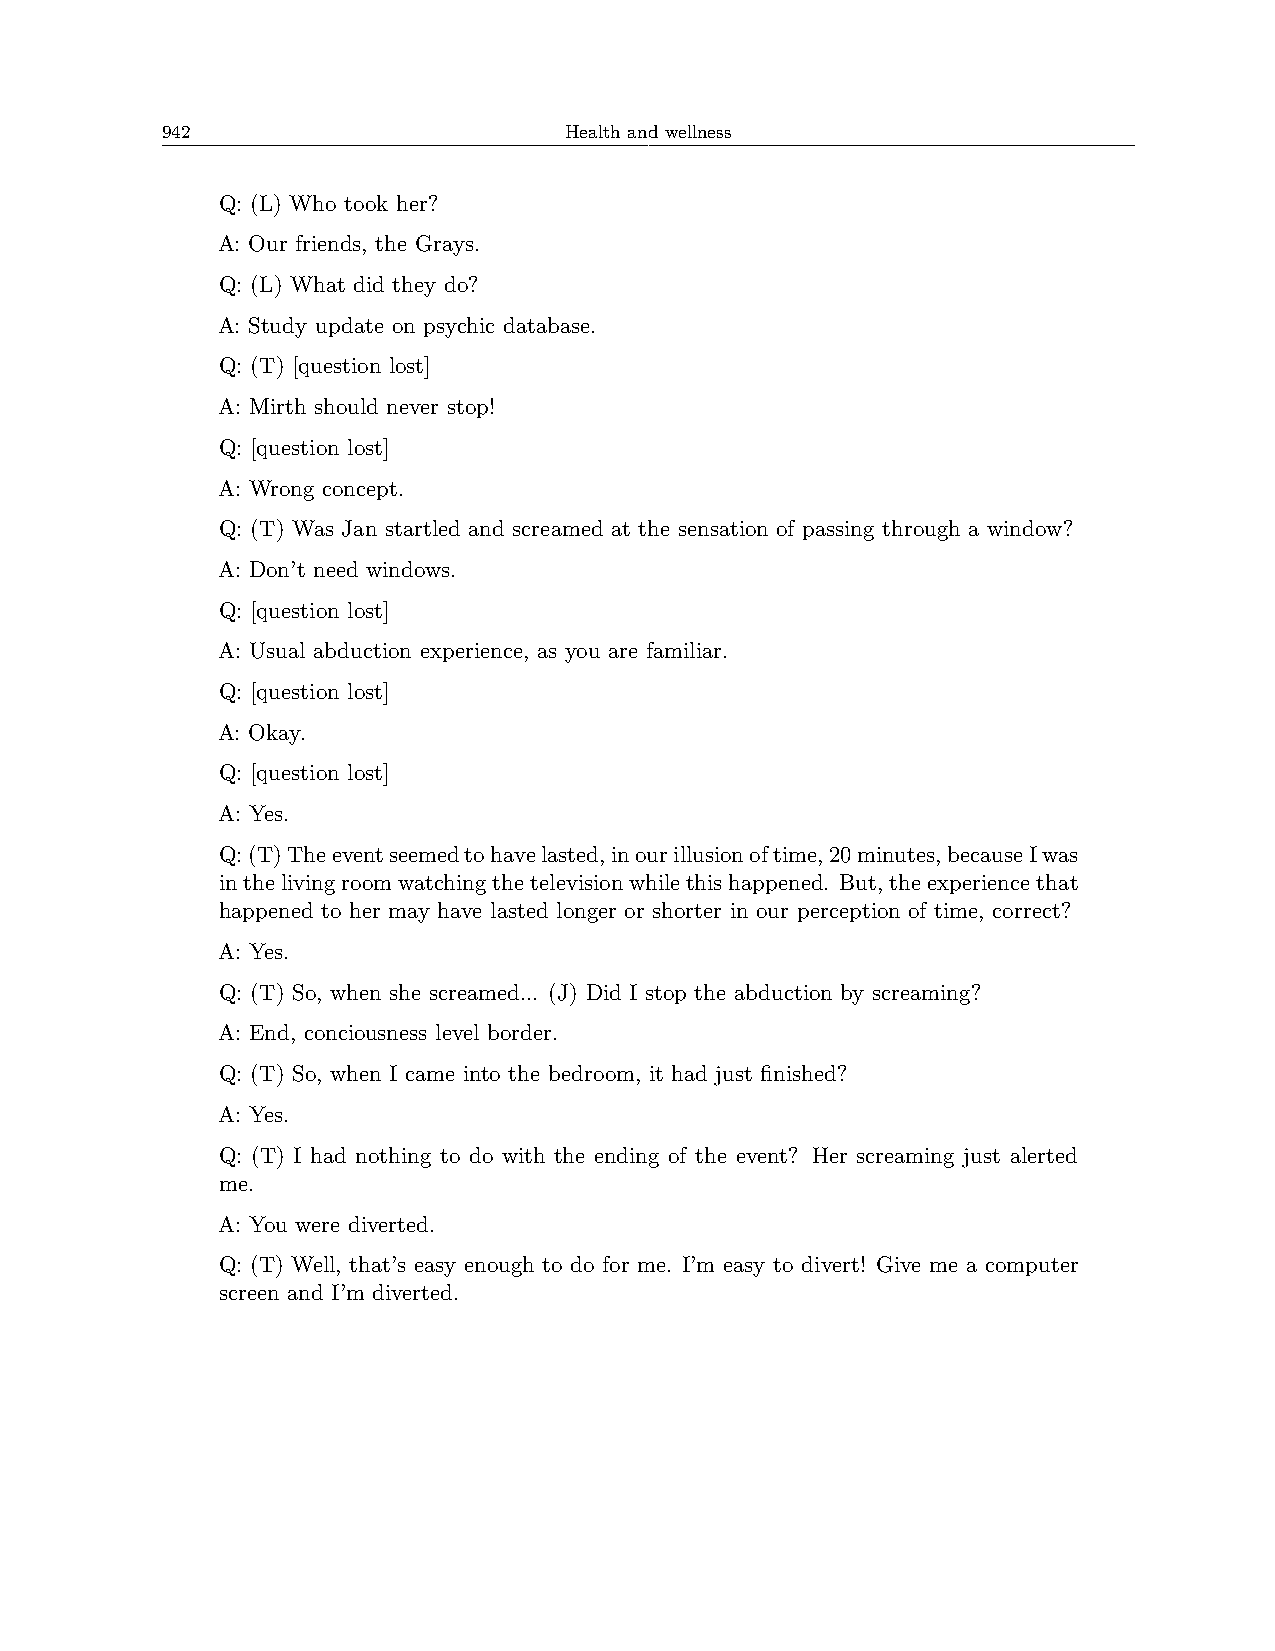
942                       Health and wellness
 Q: (L) Who took her?
 A: Our friends, the Grays.
 Q: (L) What did they do?
 A: Study update on psychic database.
 Q: (T) [question lost]
 A: Mirth should never stop!
 Q: [question lost]
 A: Wrong concept.
 Q: (T) Was Jan startled and screamed at the sensation of passing through a window?
 A: Don’t need windows.
 Q: [question lost]
 A: Usual abduction experience, as you are familiar.
 Q: [question lost]
 A: Okay.
 Q: [question lost]
 A: Yes.
 Q:(T)Theeventseemedtohavelasted,inourillusionoftime,20minutes,becauseIwas
 inthelivingroomwatchingthetelevisionwhilethishappened. But,theexperiencethat
 happened to her may have lasted longer or shorter in our perception of time, correct?
 A: Yes.
 Q: (T) So, when she screamed... (J) Did I stop the abduction by screaming?
 A: End, conciousness level border.
 Q: (T) So, when I came into the bedroom, it had just finished?
 A: Yes.
 Q: (T) I had nothing to do with the ending of the event? Her screaming just alerted
 me.
 A: You were diverted.
 Q: (T) Well, that’s easy enough to do for me. I’m easy to divert! Give me a computer
 screen and I’m diverted.